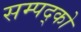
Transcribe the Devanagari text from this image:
सम्पद्को